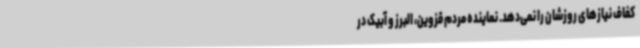
کفاف نیازهای روزشان را نمی‌دهد. نماینده مردم قزوین، البرز و آبیک در